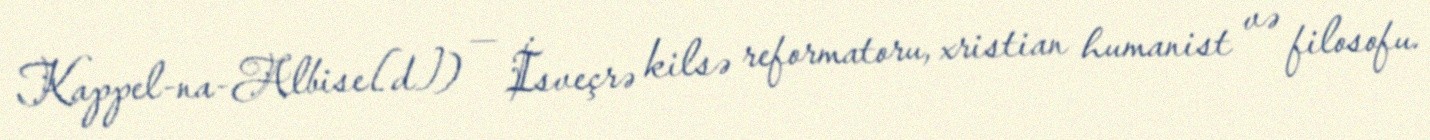
Kappel-na-Albise[d]) — İsveçrə kilsə reformatoru, xristian humanist və filosofu.